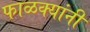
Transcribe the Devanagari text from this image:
फाळक्यांनी